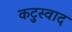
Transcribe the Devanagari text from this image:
कटुस्वाद